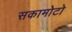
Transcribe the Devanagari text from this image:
सकामोटो